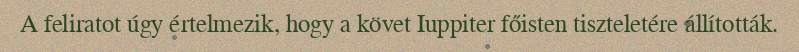
A feliratot úgy értelmezik, hogy a követ Iuppiter főisten tiszteletére állították.